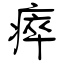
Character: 瘁